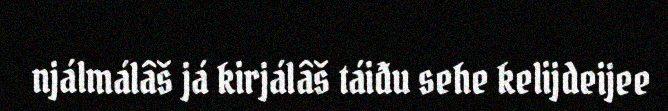
njálmálâš já kirjálâš táiđu sehe kelijdeijee